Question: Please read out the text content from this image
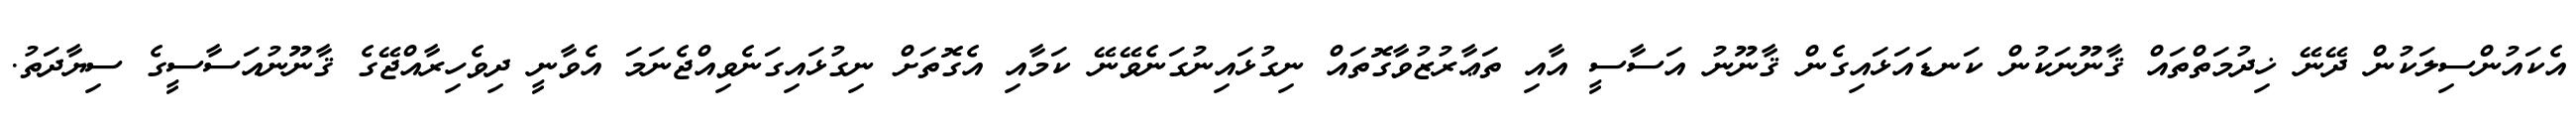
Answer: އެކައުންސިލަކުން ދޭނޭ ޚިދުމަތްތައް ޤާނޫނަކުން ކަނޑައަޅައިގެން ޤާނޫނު އަސާސީ އާއި ތަޢާރުޒުވާގޮތައް ނިގުޅައިނުގަނެވޭނޭ ކަމާއި އެގޮތަށް ނިގުޅައިގަނެވިއްޖެނަމަ އެވާނީ ދިވެހިރާއްޖޭގެ ޤާނޫނުއަސާސީގެ ސިޔާދަތު.